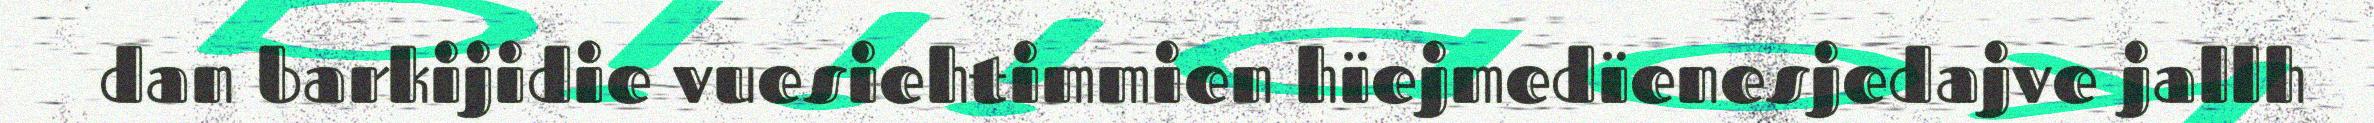
dan barkijidie vuesiehtimmien hïejmedïenesjedajve jallh